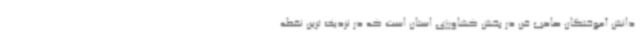
دانش آموختگان صاحب فن در بخش کشاورزی استان است که در نزدیک ترین نقطه